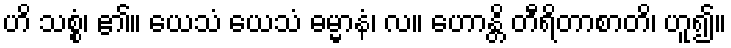
ဟိ သစ္စံ၊ ၏။ ယေသံ ယေသံ ဓမ္မာနံ၊ လ။ ဟောန္တိ တီရိတာစာတိ၊ ဟူ၍။